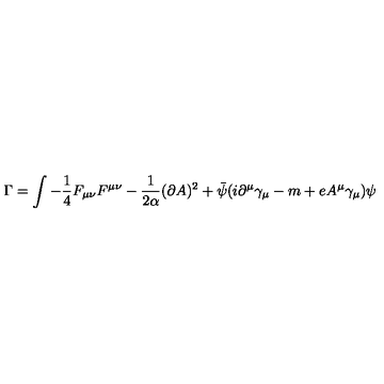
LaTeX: \Gamma = \int - \frac 1 4 F _ { \mu \nu } F ^ { \mu \nu } - \frac 1 { 2 \alpha } ( \partial A ) ^ { 2 } + \bar { \psi } ( i \partial ^ { \mu } \gamma _ { \mu } - m + e A ^ { \mu } \gamma _ { \mu } ) \psi